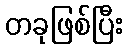
တခုဖြစ်ပြီး